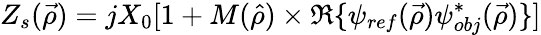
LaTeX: Z_{s}(\vec{\rho})=jX_{0}[1+M(\hat{\rho})\times\Re\{ \psi_{ref}(\vec{\rho})\psi_{obj}^{*}(\vec{\rho})\} ]